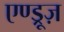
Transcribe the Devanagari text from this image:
एण्ड्रूज़